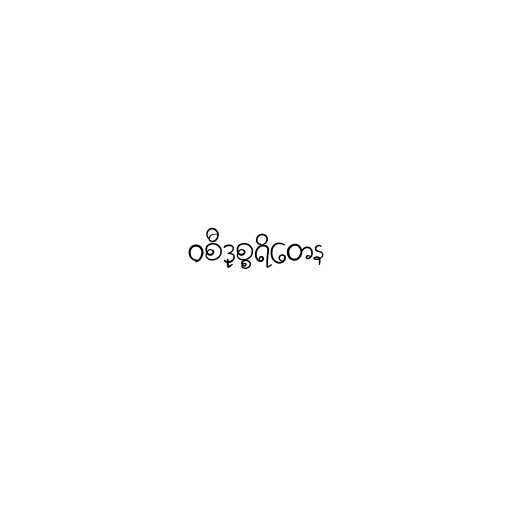
ဝစီဒုစ္စရိတေန